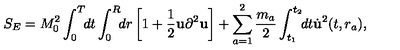
S _ { E } = M _ { 0 } ^ { 2 } \int _ { 0 } ^ { T } \! \! d t \int _ { 0 } ^ { R } \! \! d r \left[ 1 + \frac { 1 } { 2 } { \bf u } \partial ^ { 2 } { \bf u } \right] + \sum _ { a = 1 } ^ { 2 } \frac { m _ { a } } { 2 } \int _ { t _ { 1 } } ^ { t _ { 2 } } \! \! d t { \dot { \bf u } } ^ { 2 } ( t , r _ { a } ) { , }